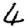
Digit: 4